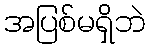
အပြစ်မရှိဘဲ